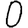
Digit: 0